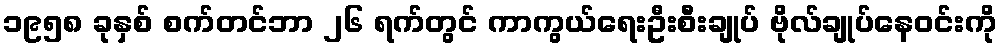
၁၉၅၈ ခုနှစ် စက်တင်ဘာ ၂၆ ရက်တွင် ကာကွယ်ရေးဦးစီးချုပ် ဗိုလ်ချုပ်နေဝင်းကို